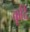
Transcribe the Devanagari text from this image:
कूदि